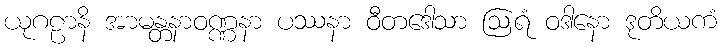
ယုဂဠာနိ အာမန္တနာဝဏ္ဏနာ ပဿနာ ဝီတဒေါသာ ဩရံ ဝဒါနော ဒုတိယကံ